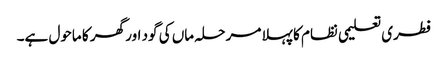
فطری تعلیمی نظام کا پہلا مرحلہ ماں کی گود اور گھر کا ماحول ہے۔